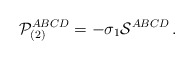
\begin{align*}{\cal P}_{(2)}^{ABCD} = -\sigma_1{\cal S}^{ABCD}\,.\end{align*}